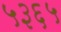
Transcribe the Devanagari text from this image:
५३६५